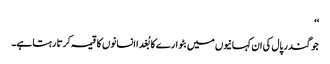
‘‘
جوگندر پال کی ان کہانیوں میں بٹوارے کا بُغدا انسانوں کا قیمہ کرتا رہتا ہے۔